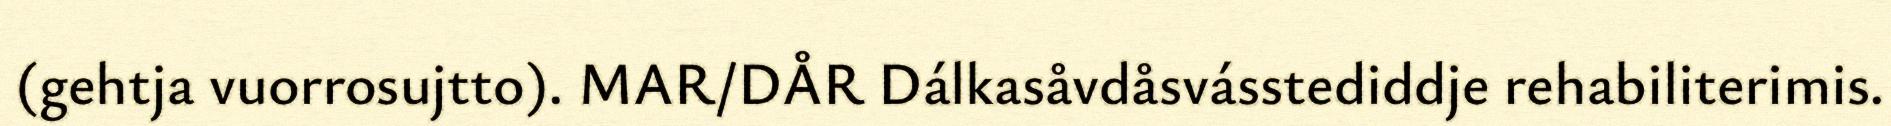
(gehtja vuorrosujtto). MAR/DÅR Dálkasåvdåsvásstediddje rehabiliterimis.